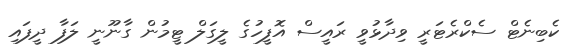
ކެބިނެޓް ސެކްރެޓަރީ ވިދާޅުވީ ރައީސް އޮފީހުގެ ލީގަލް ޓީމުން ގާނޫނީ ލަފާ ދީފައި